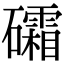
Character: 礵